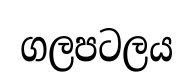
ගලපටලය